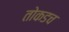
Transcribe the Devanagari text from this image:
तोकडच